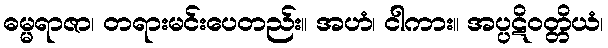
ဓမ္မရာဇာ၊ တရားမင်းပေတည်း။ အဟံ၊ ငါကား။ အပ္ပဋိဝတ္တိယံ၊